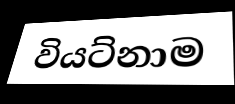
වියට්නාම